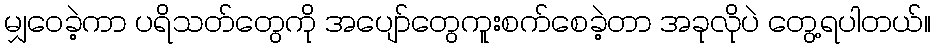
မျှဝေခဲ့ကာ ပရိသတ်တွေကို အပျော်တွေကူးစက်စေခဲ့တာ အခုလိုပဲ တွေ့ရပါတယ်။